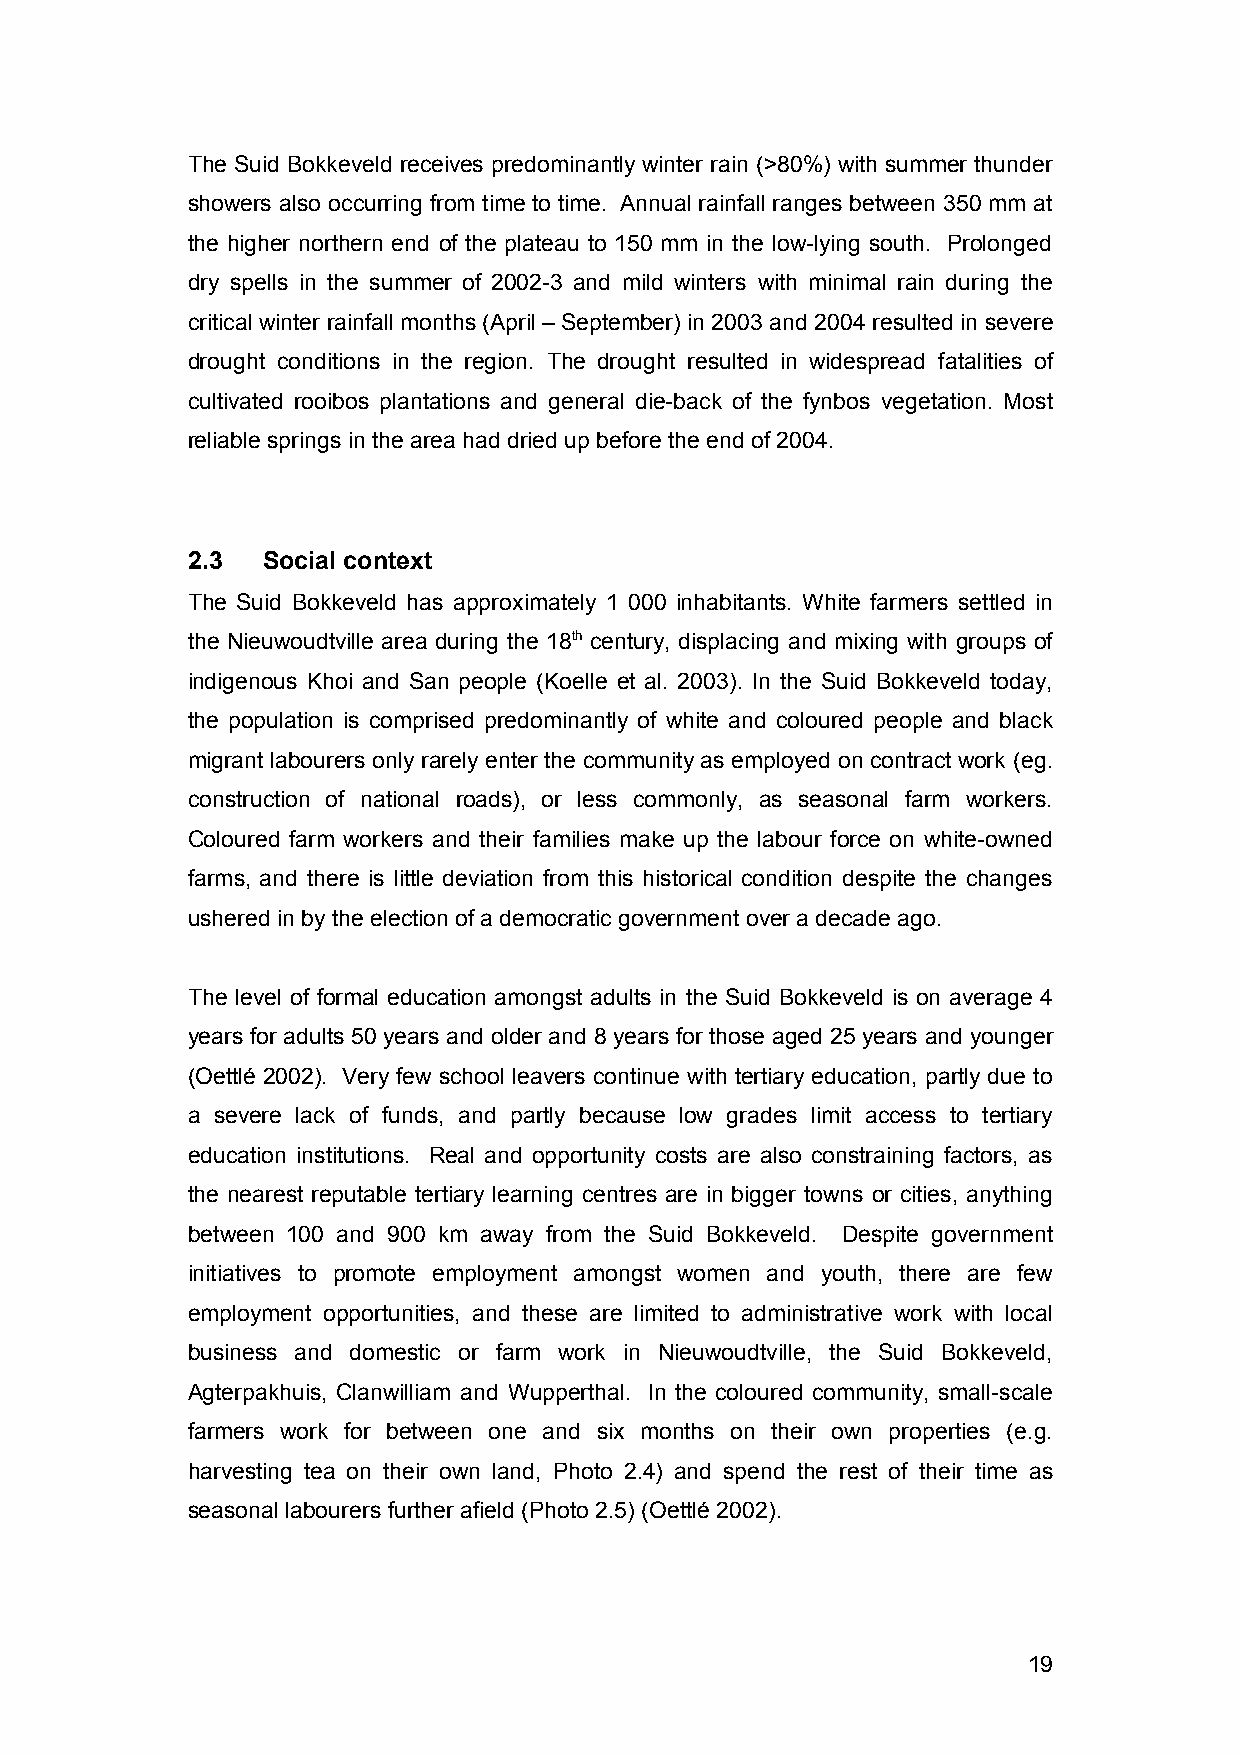
The Suid Bokkeveld receives predominantly winter rain (>80%) with summer thunder
 showers also occurring from time to time. Annual rainfall ranges between 350 mm at
 the higher northern end of the plateau to 150 mm in the low-lying south. Prolonged
 dry spells in the summer of 2002-3 and mild winters with minimal rain during the
 critical winter rainfall months (April – September) in 2003 and 2004 resulted in severe
 drought conditions in the region. The drought resulted in widespread fatalities of
 cultivated rooibos plantations and general die-back of the fynbos vegetation. Most
 reliable springs in the area had dried up before the end of 2004.
 2.3  Social context
 The Suid Bokkeveld has approximately 1 000 inhabitants. White farmers settled in
 the Nieuwoudtville area during the 18th century, displacing and mixing with groups of
 indigenous Khoi and San people (Koelle et al. 2003). In the Suid Bokkeveld today,
 the population is comprised predominantly of white and coloured people and black
 migrant labourers only rarely enter the community as employed on contract work (eg.
 construction of national roads), or less commonly, as seasonal farm workers.
 Coloured farm workers and their families make up the labour force on white-owned
 farms, and there is little deviation from this historical condition despite the changes
 ushered in by the election of a democratic government over a decade ago.
 The level of formal education amongst adults in the Suid Bokkeveld is on average 4
 years for adults 50 years and older and 8 years for those aged 25 years and younger
 (Oettlé 2002). Very few school leavers continue with tertiary education, partly due to
 a severe lack of funds, and partly because low grades limit access to tertiary
 education institutions. Real and opportunity costs are also constraining factors, as
 the nearest reputable tertiary learning centres are in bigger towns or cities, anything
 between 100 and 900 km away from the Suid Bokkeveld. Despite government
 initiatives to promote employment amongst women and youth, there are few
 employment opportunities, and these are limited to administrative work with local
 business and domestic or farm work in Nieuwoudtville, the Suid Bokkeveld,
 Agterpakhuis, Clanwilliam and Wupperthal. In the coloured community, small-scale
 farmers work for between one and six months on their own properties (e.g.
 harvesting tea on their own land, Photo 2.4) and spend the rest of their time as
 seasonal labourers further afield (Photo 2.5) (Oettlé 2002).
 19